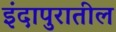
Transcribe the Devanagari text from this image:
इंदापुरातील